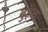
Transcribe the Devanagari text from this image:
बुइल